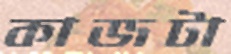
কাজটা